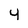
Character: 4